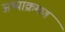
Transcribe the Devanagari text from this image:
अभ्याक्रमण